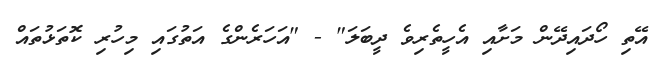
އޭތި ހޯދައިދޭން މަށާއި އެހީތެރިވެ ދީބަލަ" - "އަހަރެންގެ އަތުގައި މިހުރި ކޮތަޅުތައް